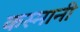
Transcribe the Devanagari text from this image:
कस्मानी